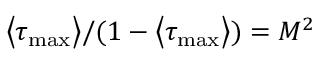
\big \langle \tau _ { \mathrm { m a x } } \big \rangle / ( 1 - \big \langle \tau _ { \mathrm { m a x } } \big \rangle ) = M ^ { 2 }